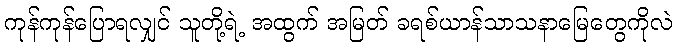
ကုန်ကုန်ပြောရလျှင် သူတို့ရဲ့ အထွက် အမြတ် ခရစ်ယာန်သာသနာမြေတွေကိုလဲ